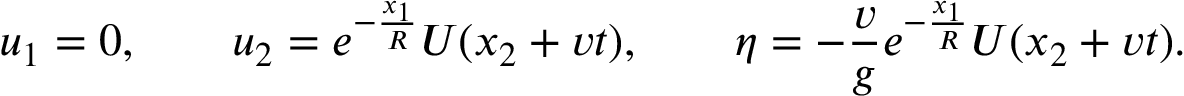
u _ { 1 } = 0 , \qquad u _ { 2 } = e ^ { - \frac { x _ { 1 } } { R } } U ( x _ { 2 } + v t ) , \qquad \eta = - \frac { v } { g } e ^ { - \frac { x _ { 1 } } { R } } U ( x _ { 2 } + v t ) .